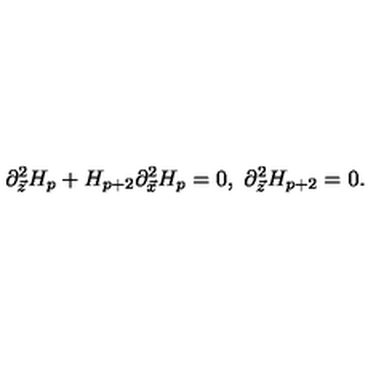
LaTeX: \partial _ { \vec { z } } ^ { 2 } H _ { p } + H _ { p + 2 } \partial _ { \vec { x } } ^ { 2 } H _ { p } = 0 , \ \partial _ { \vec { z } } ^ { 2 } H _ { p + 2 } = 0 .